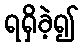
ရရှိခဲ့၍